Code of medical and sanitary regulations for the guidance of medical officers serving in the Madras Presidency - Volume I
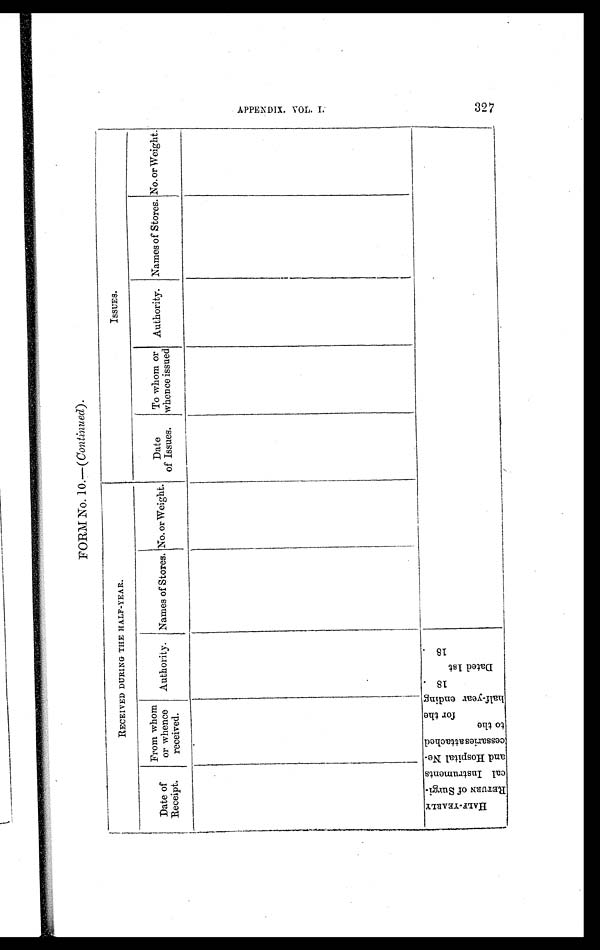
R R
FORM No. 12.
(Commissariat Form No. 159.)
DIET ROLL of
Hospital at ,
from 1st
to 31st 18
Regiment.
R e g i m e n t a l N o .
Rank
and
Nane.
Age Disease.
A d m i t t e d . D i s c h a r g e d . D i e d . F o l i o o f R e g i -
ment .
Date
1st.
Date
2nd
Date
3rd.
Date
4th.
Date
5th.
Date
6th.
Date
7th.
Date
8th.
Date
9th.
Date
10th.
Date
11th.
Date
12th. &c., &c.
D i e t .
E x t r a s .
D i e t .
E x t r a s . D i e t .
E x t r a s .
D i e t .
E x t r a s .
D i e t . E x t r a s .
D i e t .
E x t r a s .
D i e t . E x t r a s .
D i t .
E x t r a s .
D i e t .
E x t r a s .
D i e t .
E x t r a s . D i e t .
E x t r a s . D i e t .
E x t r a s .
& c .
& c .
Total...
The Extras are Wine, Brandy, and Malt Liquor. In ordering these the Medical Officer will mark W. B. or M. The figures before the two former letters will represent
ounces ; thus, (2 W, 1 B). The figures before the letter M, will represent pints ; thus (1 M).
The Diets to be marked by their initial letters ; thus, T, for Tea-diet, H for Half-diet, Fh. for Fish-diet.
A P P E N D I X . V O L . I .
329